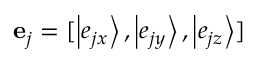
{ { \bf { e } } _ { j } } = [ \left| { { e _ { j x } } } \right\rangle , \left| { { e _ { j y } } } \right\rangle , \left| { { e _ { j z } } } \right\rangle ]